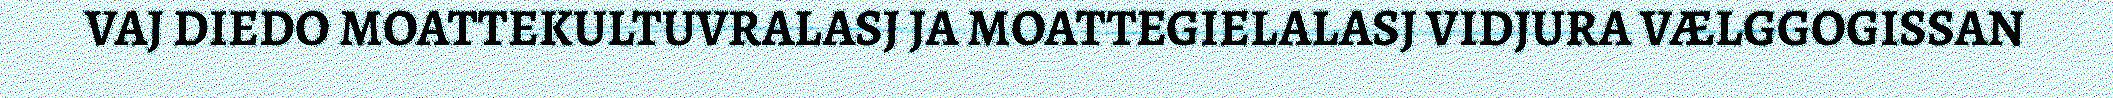
VAJ DIEDO MOATTEKULTUVRALASJ JA MOATTEGIELALASJ VIDJURA VÆLGGOGISSAN